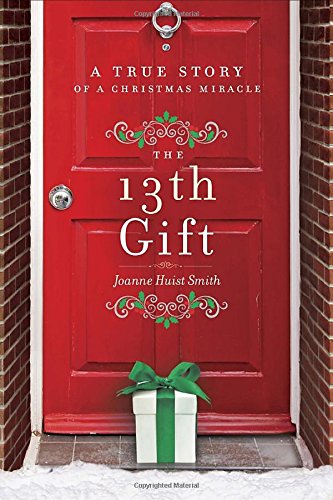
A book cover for The 13th Gift: A True Story of a Christmas Miracle; Joanne Huist Smith; Self-Help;